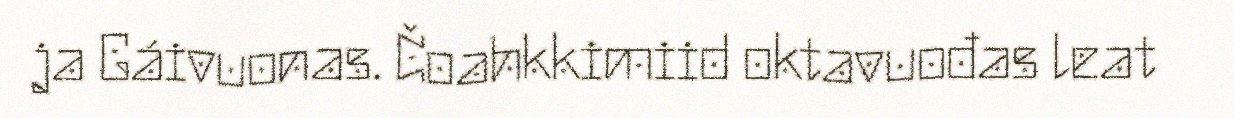
ja Gáivuonas. Čoahkkimiid oktavuođas leat